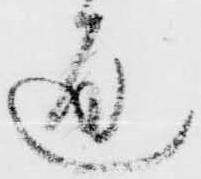
通